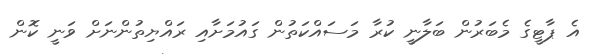
އެ ޕާޓީގެ މެބަރުން ބަލާނީ ކުރާ މަސައްކަތުން ގައުމަށާއި ރައްޔިތުންނަށް ވަނީ ކޮން